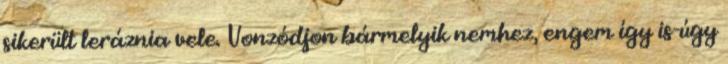
sikerült leráznia vele. Vonzódjon bármelyik nemhez, engem így is-úgy